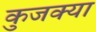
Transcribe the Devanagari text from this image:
कुजक्या